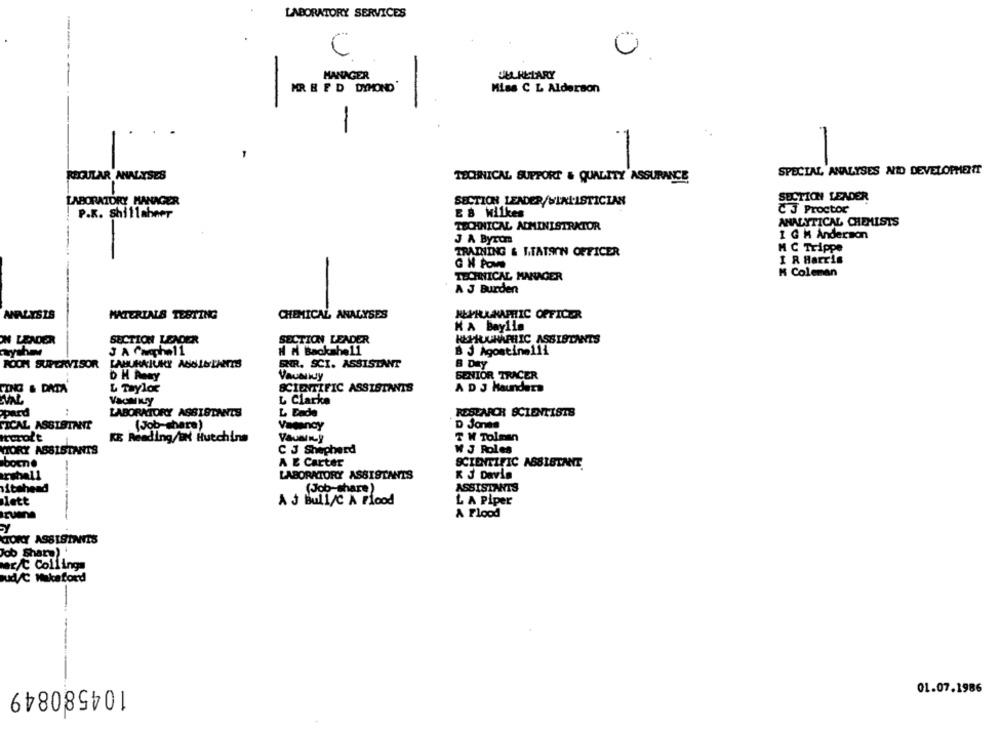
LABORATORY SERVICES
---
0
C
MANAGER
JULHELARY
-
MR BED DYMOND'
Miss C L Alderson
-
REGULAR ANALYSES
SPECIAL ANALYSES NID DEVELOPMENTT
TECHNICAL SUPPORT & QUALITY ASSURANCE
SECTION LEADER
LABORATORY MANAGER
SECTION LEADER/WIRL.ISTICIAN
CJ Proctor
P.R. shillabarr
E & wilkes
TECHNICAL ADMINISTRATOR
ANALYTICAL CHEMISTS
J A Byrom
1 G H Anderson
M C Trippe
TRAINING & LTATSIN OFFICER
GH Pow
I R Harris
TECHNICAL MANAGER
K Coleman
A J Burden
CHEMICAL ANALYSES
HEPHLNAPHIC OFFICER
ANALYSIS
MATERIALS TESTING
KA Bayila
ON LENDER
SECTION LEADER
SECTION LEADER
KEMHUURAPHIC ASSISTANTS
H A Backshell
3 A Cache11
B J Agostinelli
ROOM SUPERVISOR
LAHURAJURY ANSIBLANTS
ENR. SCI. ASSISTANT
B Day
Vausikdy
SENIOR TRACER
SCIENTIFIC ASSISTANTS
A D J Haunders
SING & DATA
L Taylor
VacMILy
L Clarke
ppard
LABORATORY ASSISTANTS
L Ende
RESEARCH SCIENTISTS
FICAL ASSISINIT
(Job-share)
Vacancy
D Jones
KE Reading/BN Hutchins
T W Tolman
MTORY ASSISTANTS
C J Shepherd
W J Roles
bomne
A E Carter
SCIENTIFIC ASSISTANT
rshall
LABORATORY ASSISTANTS
K J Davis
sitehend
(Job-share)
ASSISTANTS
ilett
A J Bull/C A Flood
L A Piper
ruane
-----
A Flood
Y
TORY ASSISINITS
Job Share)
er/t Collings
ud/C Wakeford
104580849
01.07.1986